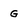
Character: G